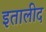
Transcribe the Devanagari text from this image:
इतालीद